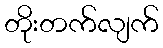
တိုးတက်လျက်